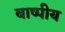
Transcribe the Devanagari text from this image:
बाष्पीय